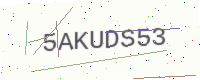
Text: 5AKUDS53